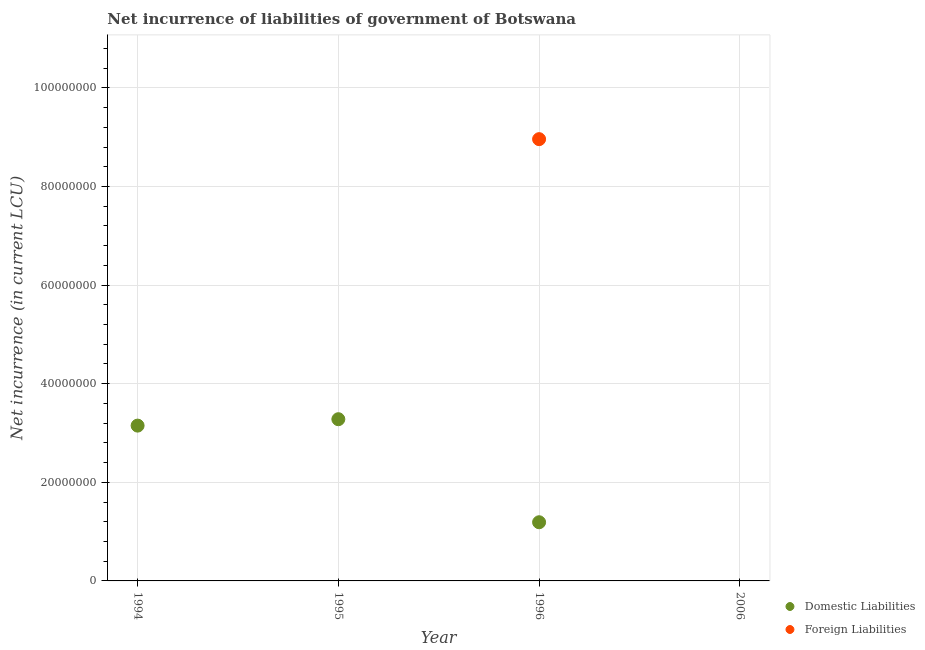
| Year | Domestic Liabilities | Foreign Liabilities |
 | --- | --- | --- |
 | 1994 | 3.15e+07 | -1.9e+07 |
 | 1995 | 3.28e+07 | -5.1e+07 |
 | 1996 | 1.19e+07 | 8.96e+07 |
 | 2006 | -3.33e+08 | -1.96e+08 |